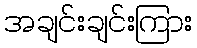
အချင်းချင်းကြား